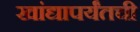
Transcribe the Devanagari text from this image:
खांद्यापर्यंतची